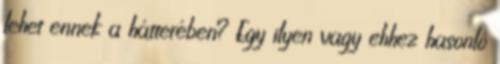
lehet ennek a hátterében? Egy ilyen vagy ehhez hasonló